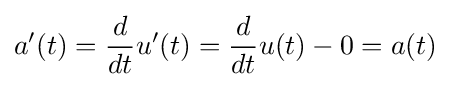
a'(t)={\frac {d}{dt}}u'(t)={\frac {d}{dt}}u(t)-0=a(t)